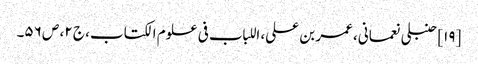
[۱۹] حنبلی نعمانی، عمر بن علی، اللباب فی علوم الکتاب، ج ۲، ص ۵۶۔